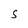
Character: S